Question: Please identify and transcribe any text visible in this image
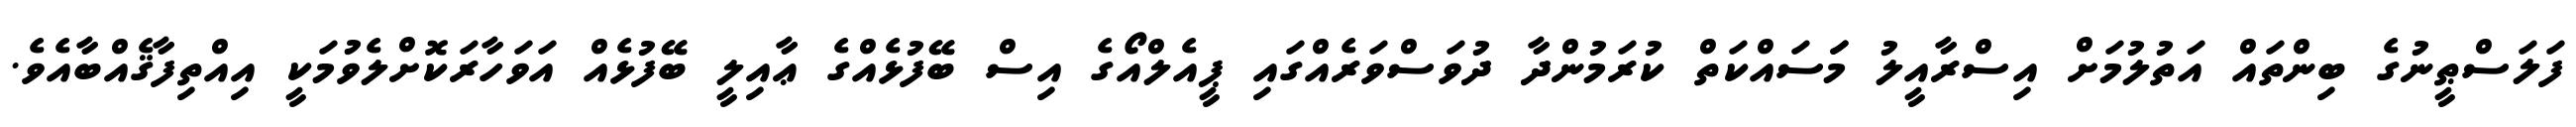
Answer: ފަލަސްޠީނުގެ ބިންތައް އަތުލުމަށް އިސްރާއީލު މަަސައްކަތް ކުރަމުންދާ ދުވަސްވަރެއްގައި ޕީއެލްއޯގެ އިސް ބޭފުޅެއްގެ ޢާއިލީ ބޭފުޅެއް އަވަހާރަކޮށްލެވުމަކީ އިއްތިފާޤެއްބާއެވެ.